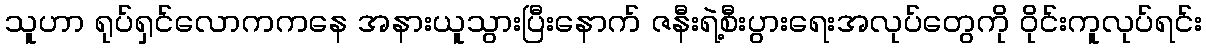
သူဟာ ရုပ်ရှင်လောကကနေ အနားယူသွားပြီးနောက် ဇနီးရဲ့စီးပွားရေးအလုပ်တွေကို ဝိုင်းကူလုပ်ရင်း